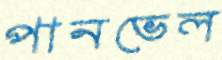
পানভেল